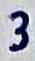
Text: 3